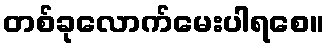
တစ်ခုလောက်မေးပါရစေ။